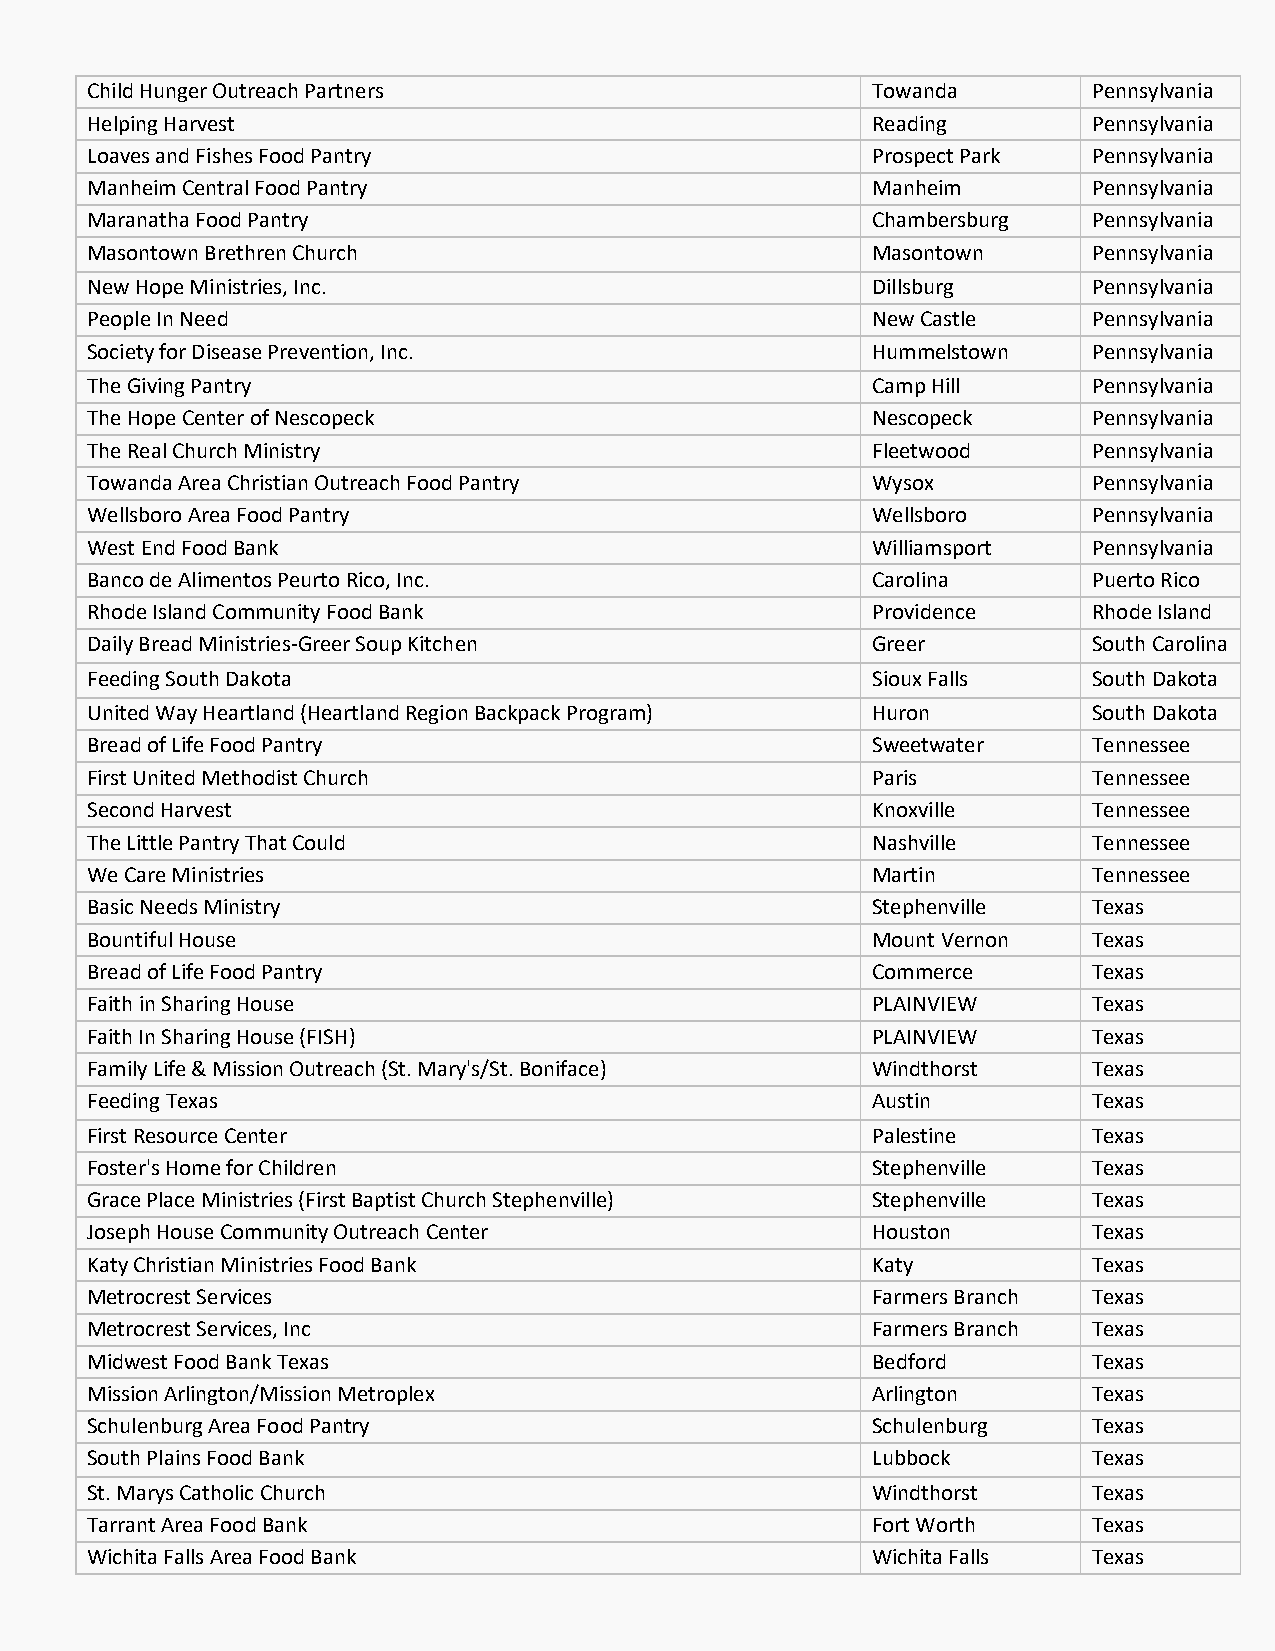
Child Hunger Outreach Partners                      Towanda       Pennsylvania
 Helping Harvest                                     Reading       Pennsylvania
 Loaves and Fishes Food Pantry                       Prospect Park Pennsylvania
 Manheim Central Food Pantry                         Manheim       Pennsylvania
 Maranatha Food Pantry                               Chambersburg  Pennsylvania
 Masontown Brethren Church                           Masontown     Pennsylvania
 New Hope Ministries, Inc.                           Dillsburg     Pennsylvania
 People In Need                                      New Castle    Pennsylvania
 Society for Disease Prevention, Inc.                Hummelstown   Pennsylvania
 The Giving Pantry                                   Camp Hill     Pennsylvania
 The Hope Center of Nescopeck                        Nescopeck     Pennsylvania
 The Real Church Ministry                            Fleetwood     Pennsylvania
 Towanda Area Christian Outreach Food Pantry         Wysox         Pennsylvania
 Wellsboro Area Food Pantry                          Wellsboro     Pennsylvania
 West End Food Bank                                  Williamsport  Pennsylvania
 Banco de Alimentos Peurto Rico, Inc.                Carolina      Puerto Rico
 Rhode Island Community Food Bank                    Providence    Rhode Island
 Daily Bread Ministries-Greer Soup Kitchen           Greer         South Carolina
 Feeding South Dakota                                Sioux Falls   South Dakota
 United Way Heartland (Heartland Region Backpack Program) Huron    South Dakota
 Bread of Life Food Pantry                           Sweetwater    Tennessee
 First United Methodist Church                       Paris         Tennessee
 Second Harvest                                      Knoxville     Tennessee
 The Little Pantry That Could                        Nashville     Tennessee
 We Care Ministries                                  Martin        Tennessee
 Basic Needs Ministry                                Stephenville  Texas
 Bountiful House                                     Mount Vernon  Texas
 Bread of Life Food Pantry                           Commerce      Texas
 Faith in Sharing House                              PLAINVIEW     Texas
 Faith In Sharing House (FISH)                       PLAINVIEW     Texas
 Family Life & Mission Outreach (St. Mary's/St. Boniface) Windthorst Texas
 Feeding Texas                                       Austin        Texas
 First Resource Center                               Palestine     Texas
 Foster's Home for Children                          Stephenville  Texas
 Grace Place Ministries (First Baptist Church Stephenville) Stephenville Texas
 Joseph House Community Outreach Center              Houston       Texas
 Katy Christian Ministries Food Bank                 Katy          Texas
 Metrocrest Services                                 Farmers Branch Texas
 Metrocrest Services, Inc                            Farmers Branch Texas
 Midwest Food Bank Texas                             Bedford       Texas
 Mission Arlington/Mission Metroplex                 Arlington     Texas
 Schulenburg Area Food Pantry                        Schulenburg   Texas
 South Plains Food Bank                              Lubbock       Texas
 St. Marys Catholic Church                           Windthorst    Texas
 Tarrant Area Food Bank                              Fort Worth    Texas
 Wichita Falls Area Food Bank                        Wichita Falls Texas